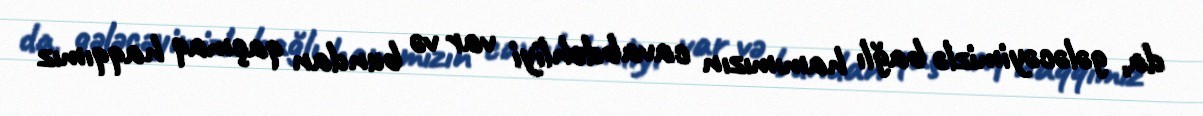
da, gələcəyimizlə bağlı hamımızın cavabdehliyi var və bundan qaçmaq haqqımız